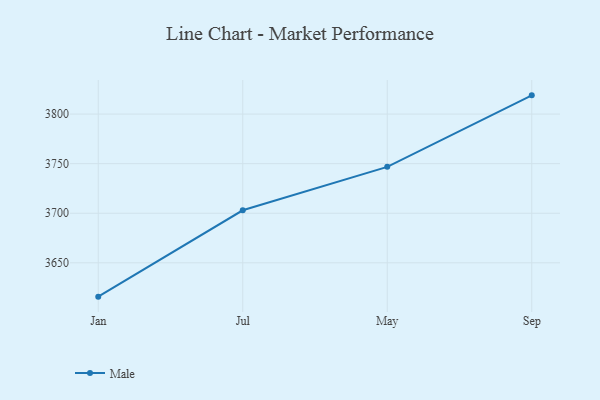
{"axis": {"x": "Month", "y": "Population (Million)"}, "legend": ["Male"], "data": [{"x": "Jan", "y": 3615.9, "type": "Male"}, {"x": "Jul", "y": 3703.0, "type": "Male"}, {"x": "May", "y": 3746.8, "type": "Male"}, {"x": "Sep", "y": 3818.9, "type": "Male"}]}